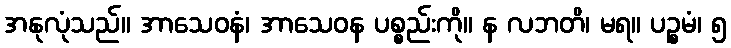
အနုလုံသည်။ အာသေဝနံ၊ အာသေဝန ပစ္စည်းကို။ န လဘတိ၊ မရ။ ပဉ္စမံ၊ ၅